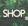
shop